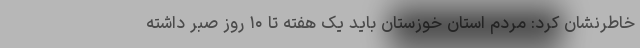
خاطرنشان کرد: مردم استان خوزستان باید یک هفته تا ۱۰ روز صبر داشته